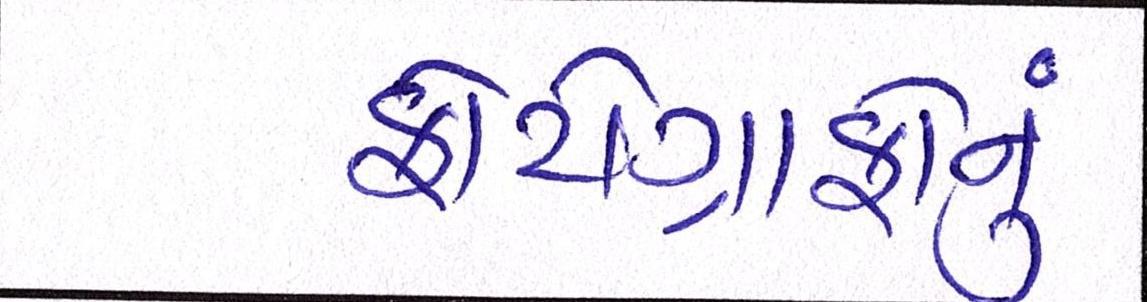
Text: ફોટોગ્રાફોનું